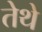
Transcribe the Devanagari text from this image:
तेेथे